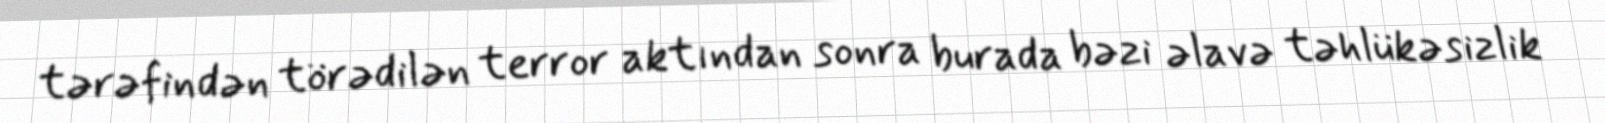
tərəfindən törədilən terror aktından sonra burada bəzi əlavə təhlükəsizlik